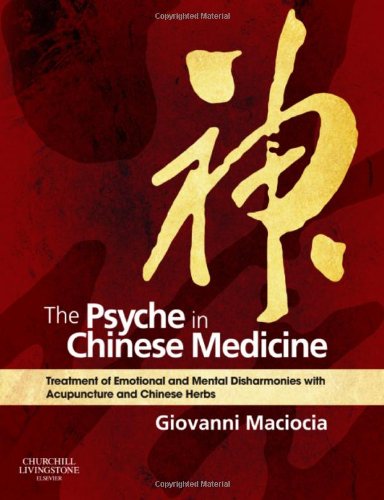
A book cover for The Psyche in Chinese Medicine: Treatment of Emotional and Mental Disharmonies with Acupuncture and Chinese Herbs, 1e; Giovanni Maciocia CAc(Nanjing); Health, Fitness & Dieting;